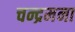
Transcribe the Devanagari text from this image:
चन्द्रमना